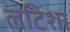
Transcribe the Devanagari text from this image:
लटिशा